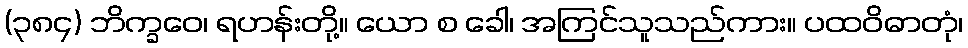
(၃၈၄) ဘိက္ခဝေ၊ ရဟန်းတို့။ ယော စ ခေါ၊ အကြင်သူသည်ကား။ ပထဝိဓာတုံ၊